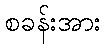
စခန်းအား